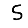
Digit: 5